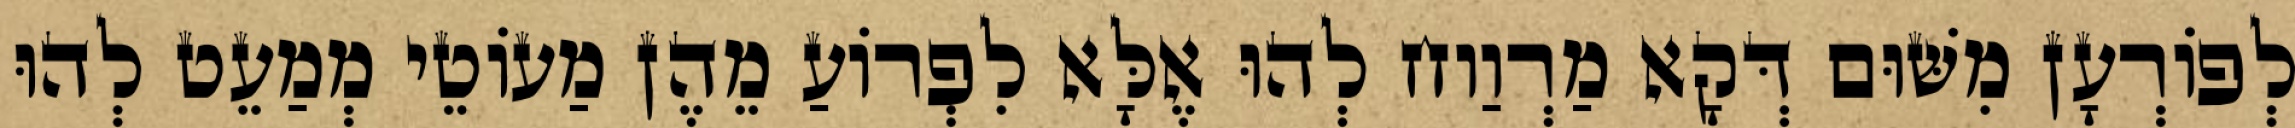
לְפוֹרְעָן מִשּׁוּם דְּקָא מַרְוַוח לְהוּ אֶלָּא לִפְרוֹעַ מֵהֶן מַעוֹטֵי מְמַעֵט לְהוּ